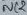
Text: NC2